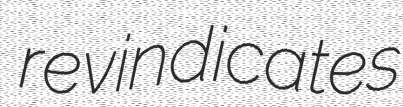
revindicates